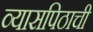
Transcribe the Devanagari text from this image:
व्यासपिठाची